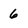
Character: 6